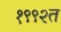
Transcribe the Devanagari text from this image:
१९९२त